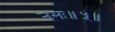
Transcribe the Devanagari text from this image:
नमः॥५॥